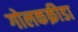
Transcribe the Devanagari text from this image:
गोलकक्रीडा